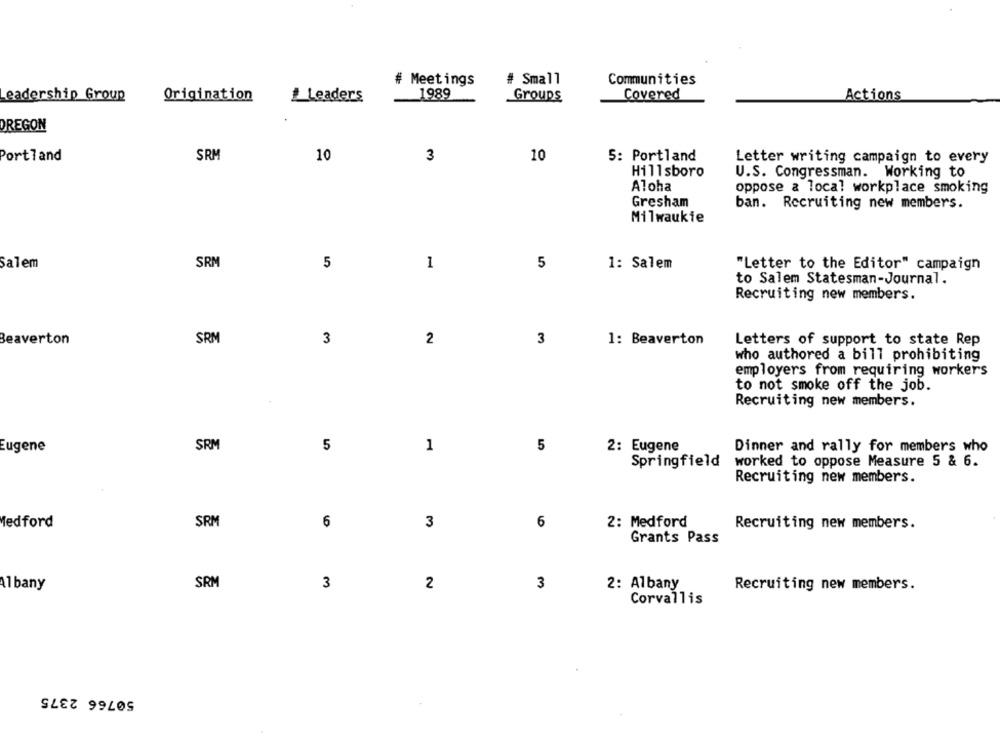
# Meetings
# Small
Communities
1989
Groups
Covered
Actions
Leadership Group
Origination
Leaders
OREGON
SRM
10
10
Portland
3
5: Portland
Letter writing campaign to every
Hillsboro
U.S. Congressman. Working to
Aloha
oppose a local workplace smoking
Gresham
ban. Recruiting new members.
Milwaukfe
Salem
SRM
5
1
5
1: Salem
"Letter to the Editor" campaign
to Salem Statesman-Journal.
Recruiting new members.
Beaverton
SRM
3
2
3
1: Beaverton
Letters of support to state Rep
who authored a bill prohibiting
employers from requiring workers
to not smoke off the job.
Recruiting new members.
5
Eugene
SRM
1
5
2: Eugene
Dinner and rally for members who
Springfield
worked to oppose Measure 5 & 6.
Recruiting new members.
ledford
SRM
6
3
6
2: Medford
Recruiting new members.
Grants Pass
Albany
SRM
3
2
3
2: Albany
Recruiting new members.
Corvallis
50766 2375